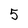
Character: 5